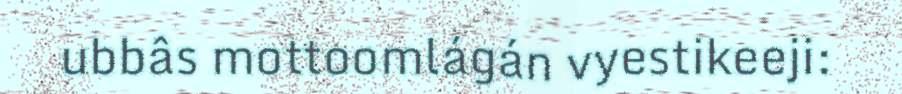
ubbâs mottoomlágán vyestikeeji: